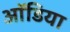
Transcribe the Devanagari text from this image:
ऑडिया